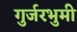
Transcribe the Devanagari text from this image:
गुर्जरभुमी